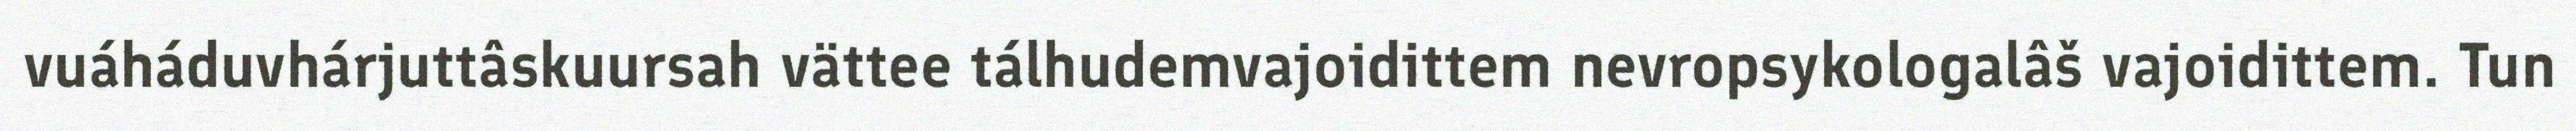
vuáháduvhárjuttâskuursah vättee tálhudemvajoidittem nevropsykologalâš vajoidittem. Tun